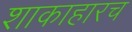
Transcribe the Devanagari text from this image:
शाकाहारच